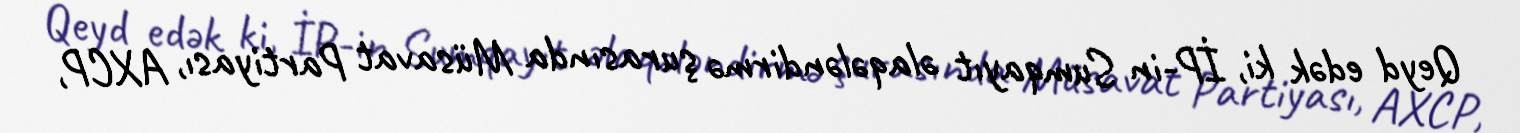
Qeyd edək ki, İP-in Sumqayıt əlaqələndirmə şurasında Müsavat Partiyası, AXCP,